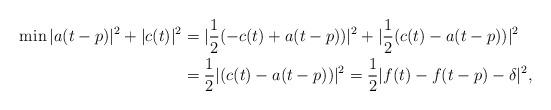
LaTeX: \begin{align*}\min|a(t-p)|^2+|c(t)|^2 &=|\frac{1}{2}(-c(t)+a(t-p))|^2+|\frac{1}{2}(c(t)-a(t-p))|^2\\ &=\frac{1}{2}|(c(t)-a(t-p))|^2 =\frac{1}{2}|f(t)-f(t-p)-\delta|^2,\end{align*}